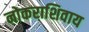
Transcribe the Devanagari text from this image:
नोकराशिवाय